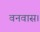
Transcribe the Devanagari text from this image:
वनवास।